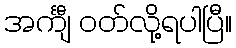
အင်္ကျီ ဝတ်လို့ရပါပြီ။